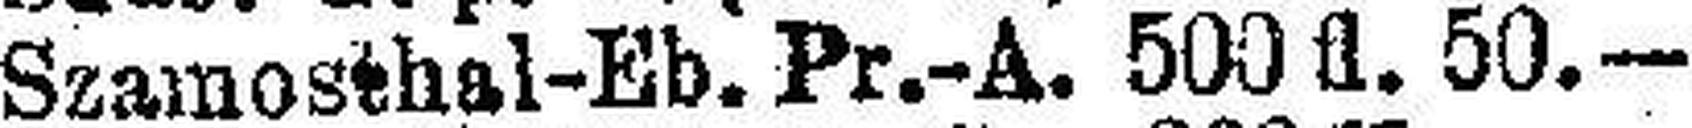
Szamosthal-Eb. Pr.-A. 500 fl. 50.—